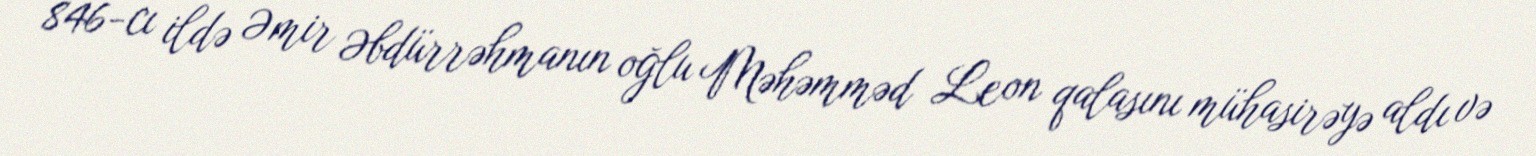
846-cı ildə Əmir Əbdürrəhmanın oğlu Məhəmməd Leon qalasını mühasirəyə aldı və